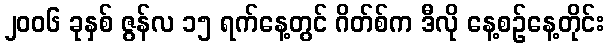
၂၀၀၆ ခုနှစ် ဇွန်လ ၁၅ ရက်နေ့တွင် ဂိတ်စ်က ဒီလို နေ့စဉ်နေ့တိုင်း